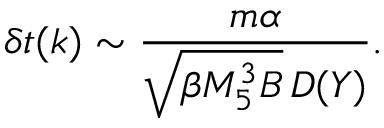
\delta t ( k ) \sim { \frac { m \alpha } { \sqrt { \beta M _ { 5 } ^ { 3 } B } \, D ( Y ) } } .